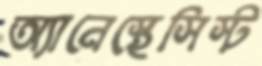
অ্যানেস্থেসিস্ট